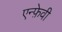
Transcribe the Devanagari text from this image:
एन्फ़ेवी